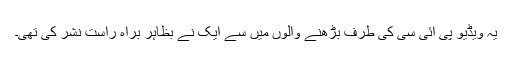
یہ ویڈیو پی آئی سی کی طرف بڑھنے والوں میں سے ایک نے بظاہر براہِ راست نشر کی تھی۔